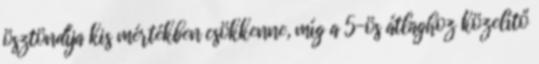
ösztöndíja kis mértékben csökkenne, míg a 5-ös átlaghoz közelítő